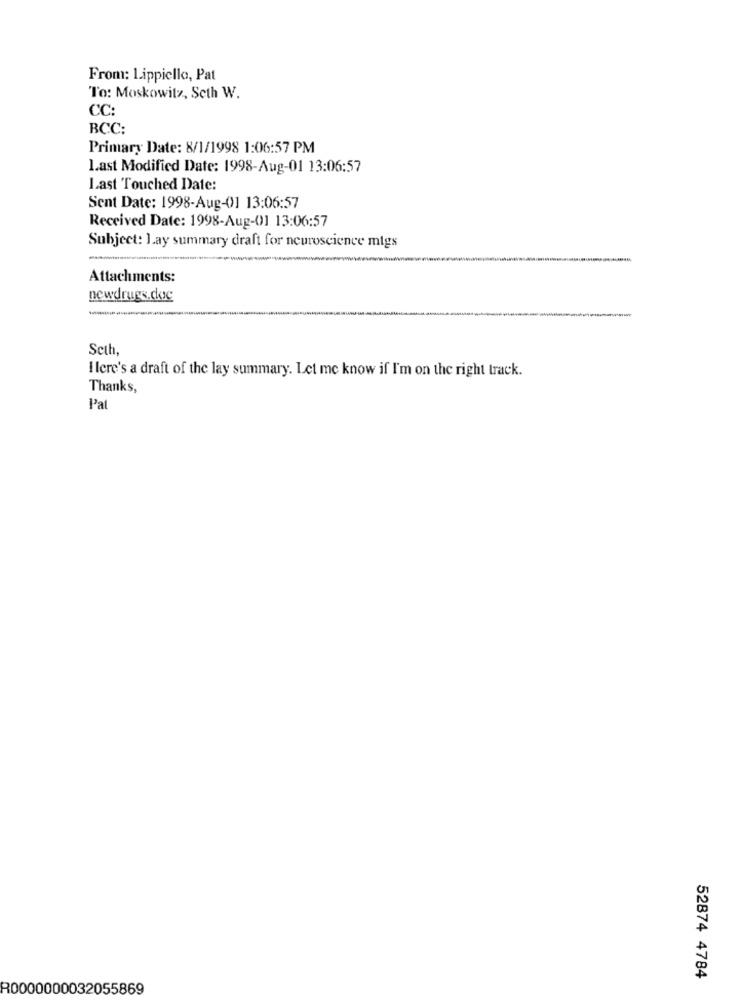
From: Lippiello, Pat
To: Moskowitz, Seth W.
CC:
BCC:
Primary Date: 8/1/1998 1:06:57 PM
Last Modified Date: 1998-Aug-01 13:06:57
Last Touched Date:
Sent Date: 1998-Aug-01 13:06:57
Received Date: 1998-Aug-01 13:06:57
Subject: Lay summary draft for neuroscience mtgs
Attachments:
newdrugs.doc
Seth,
Ilere's a draft of the lay summary. Let me know if I'm on the right track.
Thanks,
Pal
52874 4784
R0000000032055869